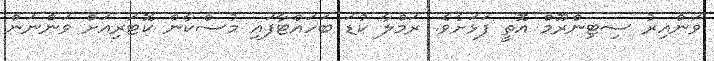
ވަންއިރު ސިޓިންރޫމް އޮތީ ފަޅަށެވެ. ރަމްލާ ކުޑަ ބަހައްޓާފައި މުސްކާން ކޮޓަރިއަށް ވަންނަން